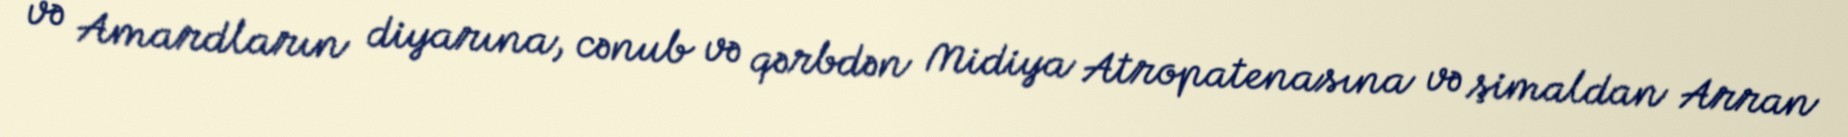
və Amardların diyarına, cənub və qərbdən Midiya Atropatenasına və şimaldan Arran